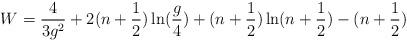
LaTeX: \begin{align*}W=\frac {4}{3g^2}+2(n+\frac {1}{2})\ln(\frac {g}{4})+(n+\frac{1}{2})\ln(n+\frac {1}{2})-(n+\frac {1}{2})\end{align*}